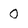
Character: 0